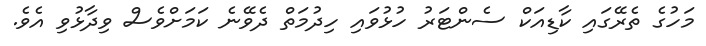
މަހުގެ ތެރޭގައި ކާޑިއަކް ސެންޓަރު ހުޅުވައި ހިދުމަތް ދެވޭނެ ކަމަށްވެސް ވިދާޅުވި އެވެ.